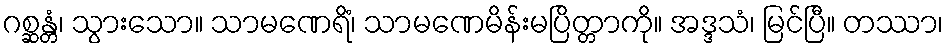
ဂစ္ဆန္တံ၊ သွားသော။ သာမဏေရိံ၊ သာမဏေမိန်းမပြိတ္တာကို။ အဒ္ဒသံ၊ မြင်ပြီ။ တဿာ၊